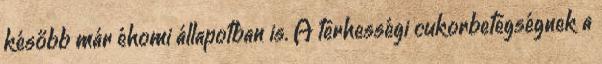
később már éhomi állapotban is. A terhességi cukorbetegségnek a